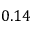
0 . 1 4